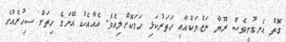
ގޮތް އެނގުނީވެސް ރޫޔާ ނަޒްޔަކްއާއި ހަތަރުކަޅި ހަމަކޮށްލިއެވެ. އެއާއެކު އޭނަގެ ހިތަށް ސިހުރެއްގެ